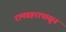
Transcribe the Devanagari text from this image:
रामप्रहरापासून